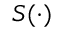
S ( \cdot )